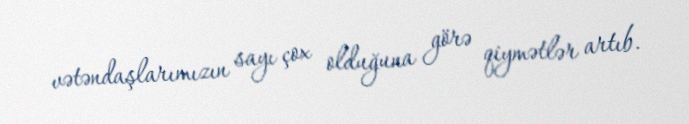
vətəndaşlarımızın sayı çox olduğuna görə qiymətlər artıb.